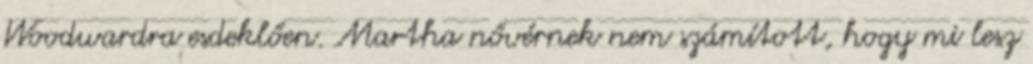
Woodwardra esdeklően. Martha nővérnek nem számított, hogy mi lesz